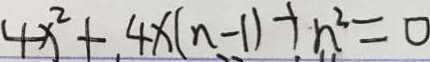
4 x ^ { 2 } + 4 x ( n - 1 ) + n ^ { 2 } = 0